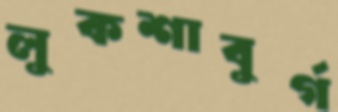
লুকশাবুর্গ